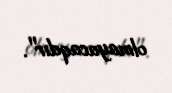
olmayacaqdır".